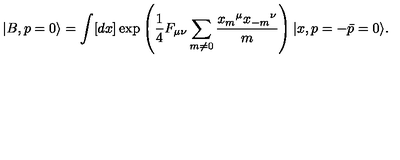
| B , p = 0 \rangle = \int [ d x ] \exp \left( { \frac { 1 } { 4 } } F _ { \mu \nu } \sum _ { m \neq 0 } { \frac { { x _ { m } } ^ { \mu } { x _ { - m } } ^ { \nu } } { m } } \right) | x , p = - \bar { p } = 0 \rangle .